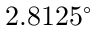
2 . 8 1 2 5 ^ { \circ }